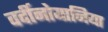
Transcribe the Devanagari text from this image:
वर्दीनोयानिया